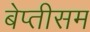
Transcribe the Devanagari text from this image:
बेप्तीसम